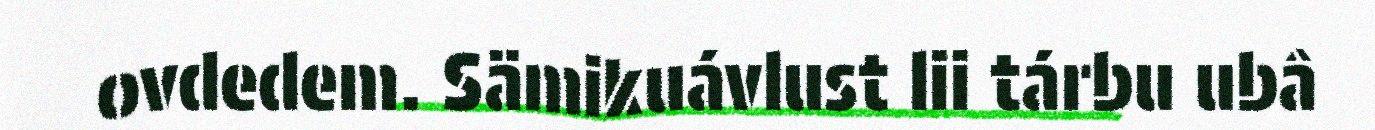
ovdedem. Sämikuávlust lii tárbu ubâ